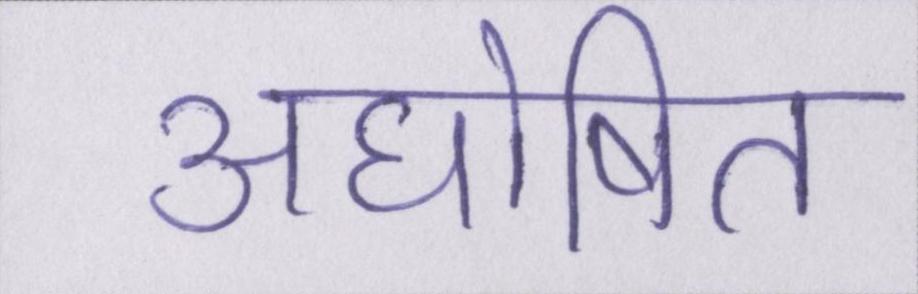
अघोषित